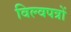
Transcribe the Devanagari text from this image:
विल्वपत्रों